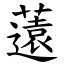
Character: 薳